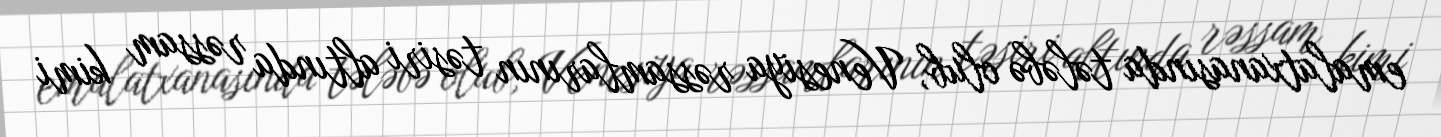
emalatxanasında tələbə olub, Venesiya rəssamlarının təsiri altında rəssam kimi